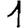
Digit: 1